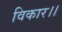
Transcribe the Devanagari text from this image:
विकार।।